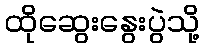
ထိုဆွေးနွေးပွဲသို့